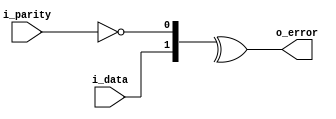
// Copyright (c) 2014 Takashi Toyoshima <toyoshim@gmail.com>.
// All rights reserved.  Use of this source code is governed by a BSD-style
// license that can be found in the LICENSE file.

module OddParityChecker(
    i_data,
    i_parity,
    o_error);
  parameter width = 1;

  input  [width - 1:0] i_data;
  input                i_parity;
  output               o_error;

  assign o_error = ^{ i_data, !i_parity };
endmodule  // OddParityGenerator